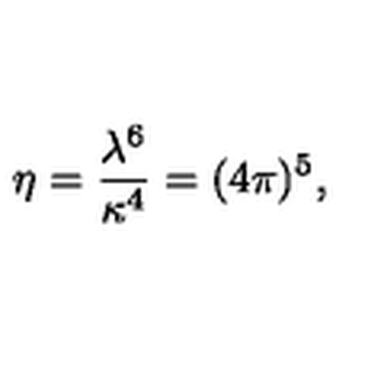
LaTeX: \eta = { \frac { \lambda ^ { 6 } } { \kappa ^ { 4 } } } = ( 4 \pi ) ^ { 5 } ,